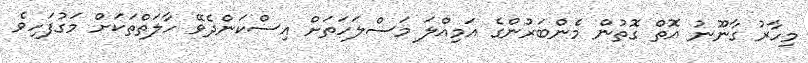
މިހާރު ގާނޫނު އޮތް ގޮތުން މެންބަރުންގެ އަމިއްލަ މަސްލަހަތަށް އިސްކަންދެވޭ ހާލަތްތަކަށް މަގުފަހިވެ